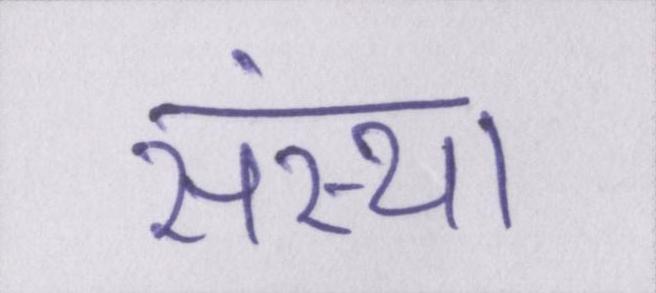
संस्था